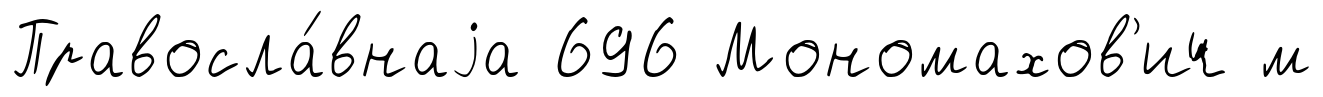
Правосла́внаjа 696 Мономахов'ич м